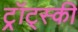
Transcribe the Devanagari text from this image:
ट्र्रॉट्स्की